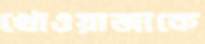
খোওয়াজাকে